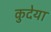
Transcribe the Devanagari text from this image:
कुदेया